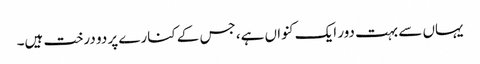
یہاں سے بہت دور ایک کنواں ہے، جس کے کنارے پر دو درخت ہیں۔